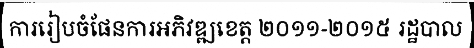
ការរៀបចំផែនការអភិវឌ្ឍខេត្ត ២០១១-២០១៥ រដ្ឋបាល